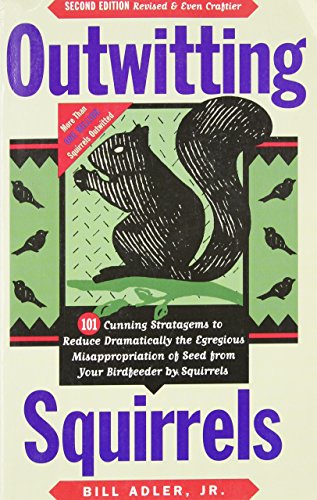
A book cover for Outwitting Squirrels: 101 Cunning Stratagems to Reduce Dramatically the Egregious Misappropriation of Seed from Your Birdfeeder by Squirrels; Bill Adler Jr.; Humor & Entertainment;